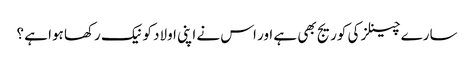
سارے چینلز کی کوریج بھی ہے اور اس نے اپنی اولاد کو نیک رکھا ہوا ہے ؟